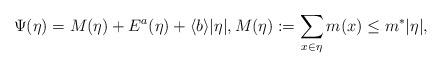
LaTeX: \begin{align*} \Psi(\eta) = M(\eta) + E^a (\eta) + \langle b \rangle |\eta|, M(\eta):= \sum_{x\in \eta} m(x) \leq m^* |\eta|,\end{align*}